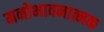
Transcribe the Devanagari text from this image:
मनोभावनात्मक